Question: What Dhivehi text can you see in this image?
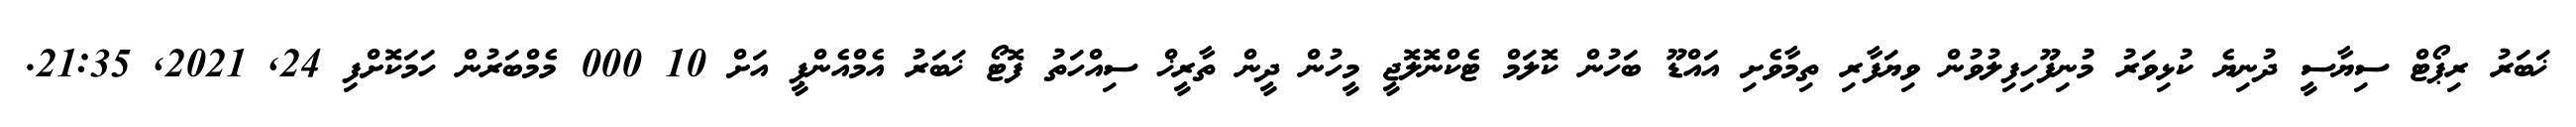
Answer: ޚަބަރު ރިޕޯޓް ސިޔާސީ ދުނިޔެ ކުޅިވަރު މުނިފޫހިފިލުވުން ވިޔަފާރި ތިމާވެށި އައްޑޫ ބަހުން ކޮލަމް ޓެކްނޮލޮޖީ މީހުން ދީން ތާރީޚް ސިއްހަތު ފޮޓޯ ޚަބަރު އެމްއެންޕީ އަށް 10 000 މެމްބަރުން ހަމަކޮށްފި 24, 2021, 21:35.